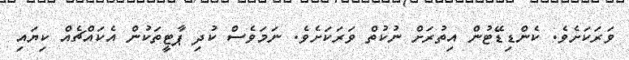
ވަރަކަށެވެ. ކެންޑިޑޭޓުން އިތުރަށް ނުކުތް ވަރަކަށެވެ. ނަމަވެސް ކުދި ޕާޓީތަކުން އެކައްޗެއް ކިޔައި